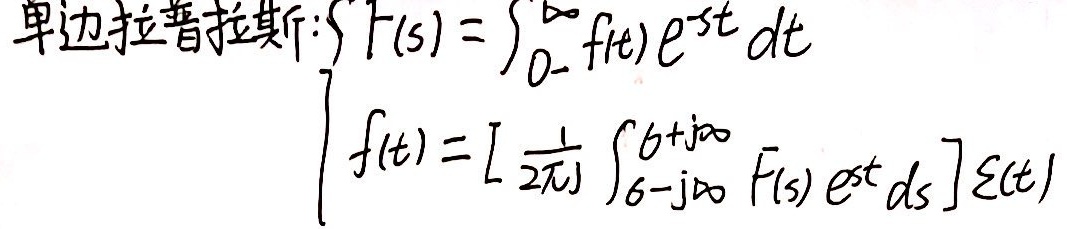
单边拉普拉斯：
\[
\begin{cases}
F(s)=\int_{0^-}^{\infty} f(t)e^{-st}dt \\
f(t)=\left[\frac{1}{2\pi j}\int_{\sigma - j\infty}^{\sigma + j\infty} F(s)e^{st}ds\right]\varepsilon(t)
\end{cases}
\]